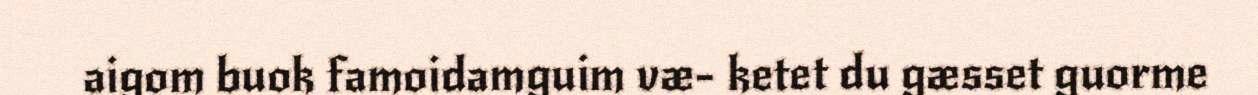
aigom buok famoidamguim væ- ketet du gæsset guorme